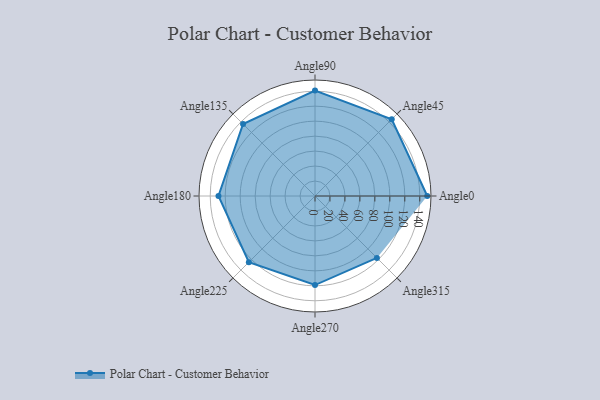
{"axis": {"x": "Angle", "y": "Radius"}, "legend": [""], "data": [{"x": "Angle0", "y": 150.0, "type": ""}, {"x": "Angle45", "y": 145.0, "type": ""}, {"x": "Angle90", "y": 141.0, "type": ""}, {"x": "Angle135", "y": 136.0, "type": ""}, {"x": "Angle180", "y": 129.0, "type": ""}, {"x": "Angle225", "y": 125.0, "type": ""}, {"x": "Angle270", "y": 119.0, "type": ""}, {"x": "Angle315", "y": 117.0, "type": ""}]}